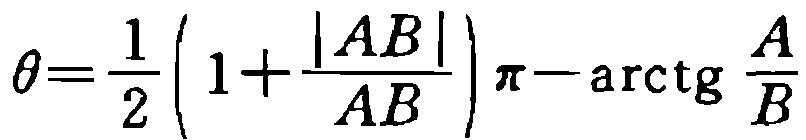
\(\theta=\frac{1}{2}\left(1+\frac{|AB|}{AB}\right)\pi-\mathrm{arctg}\frac{A}{B}\)